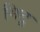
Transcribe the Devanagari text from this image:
मिटू